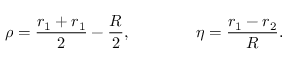
\rho = \frac { r _ { 1 } + r _ { 1 } } { 2 } - \frac { R } { 2 } , \qquad \qquad \eta = \frac { r _ { 1 } - r _ { 2 } } { R } .